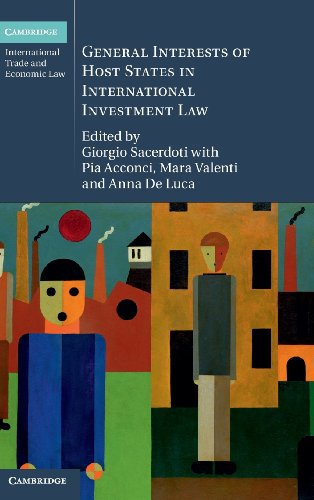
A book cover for General Interests of Host States in International Investment Law (Cambridge International Trade and Economic Law); Law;